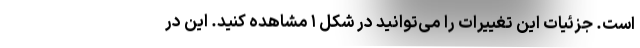
است. جزئیات این تغییرات را می‌توانید در شکل ۱ مشاهده کنید. این در